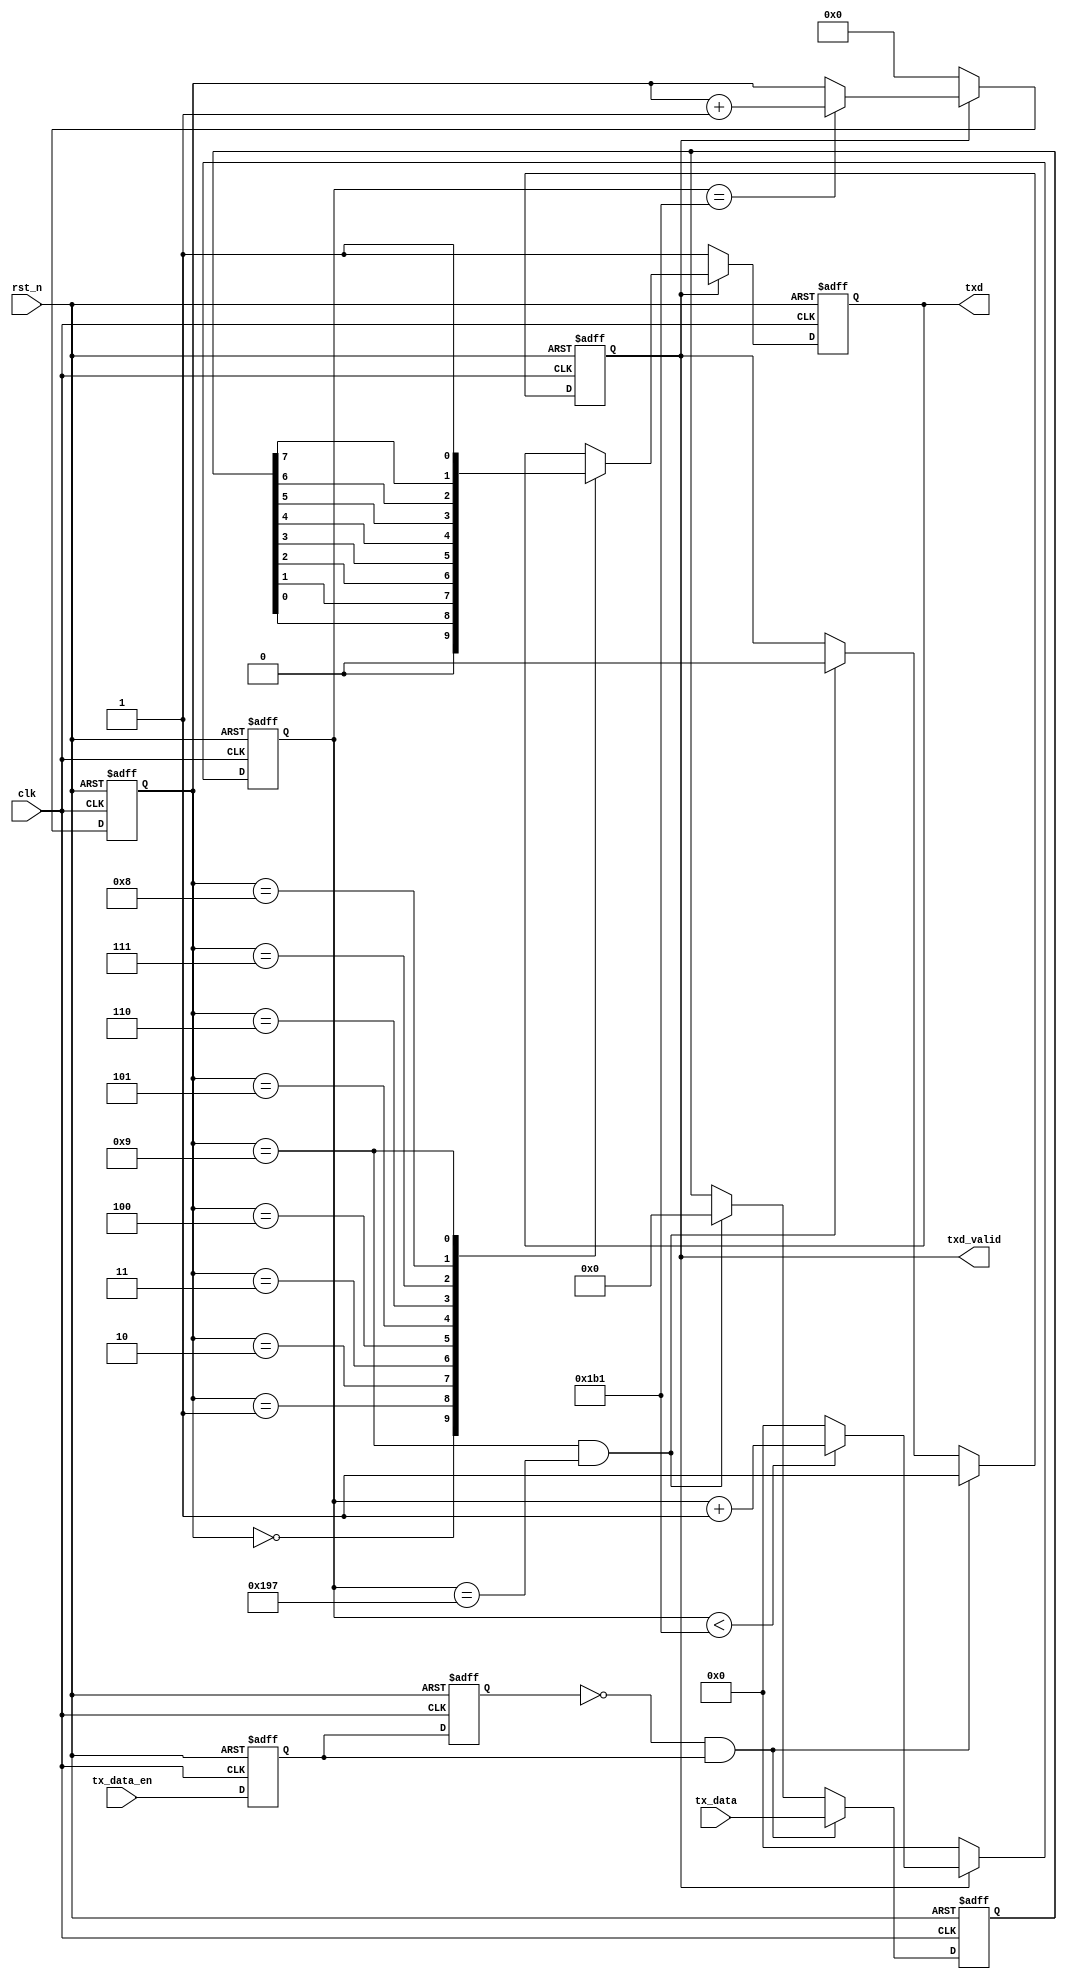
module UART_TX #(
    parameter  CLK_FREQ     = 50000000, // clock 50MHz
    parameter  BAUD_RATE    = 115200    // Baud rate 115200
)
(
    input           clk,            // 50MHz
    input           rst_n,          // reset low
    input           tx_data_en,     // UART enable send data
    input   [7:0]   tx_data,        // UART send data
    output  reg     txd_valid,      // UART valid flag of the send port
    output  reg     txd             // UART send data port
);

localparam BPS_CNT = CLK_FREQ / BAUD_RATE;  // baud rate counting 

reg tx_data_en_d0;      // The first register of a two-beat asynchronous synchronization
reg tx_data_en_d1;      // The second register of a two-beat asynchronous synchronization
reg [15:0] clk_cnt;     // clock counter 
reg [7:0] data_reg;     // data register
reg [3:0] bit_cnt;      // bit counter

wire tx_data_en_flag;   // 

// 
always @(posedge clk or negedge rst_n) begin
    if (~rst_n) begin
        tx_data_en_d0 <= 1'b0;
        tx_data_en_d1 <= 1'b0;
    end else begin
        tx_data_en_d0 <= tx_data_en;
        tx_data_en_d1 <= tx_data_en_d0;
    end
end

assign tx_data_en_flag = (~tx_data_en_d1) & tx_data_en_d0; // 

// tx_data_en_flag data_reg
always @(posedge clk or negedge rst_n) begin
    if (~rst_n) begin
        data_reg <= 8'b0;
        txd_valid <= 1'b0;
    end else begin
        if (tx_data_en_flag) begin
            data_reg <= tx_data;
            txd_valid <= 1'b1;
        end else if((bit_cnt == 4'd9) && (clk_cnt == BPS_CNT - (BPS_CNT/16))) begin
            data_reg <= 8'b0;
            txd_valid <= 1'b0;
        end else begin
            data_reg <= data_reg;
            txd_valid <= txd_valid;
        end
    end
end

// 
always @(posedge clk or negedge rst_n) begin
    if (~rst_n) begin
        bit_cnt <= 4'd0;
    end else if (txd_valid) begin
        if (clk_cnt == BPS_CNT - 1'b1) begin
            bit_cnt <= bit_cnt + 1'b1;
        end else begin
            bit_cnt <= bit_cnt;
        end
    end else begin
        bit_cnt <= 4'd0;
    end
end

always @(posedge clk or negedge rst_n) begin
    if (~rst_n) begin
        clk_cnt <= 16'd0;
    end else if (txd_valid) begin
        if (clk_cnt < BPS_CNT - 1'b1) begin
            clk_cnt <= clk_cnt + 1'b1;
        end else begin
            clk_cnt <= 16'd0;
        end
    end else begin
        clk_cnt <= 16'd0;
    end
end

// 
always @(posedge clk or negedge rst_n) begin
    if(~rst_n)begin
        txd<=1'd1;
    end else if(txd_valid) begin
        case(bit_cnt)
            4'd0:txd <= 1'd0;//
            4'd1:txd <= data_reg[0];
            4'd2:txd <= data_reg[1];
            4'd3:txd <= data_reg[2];
            4'd4:txd <= data_reg[3];
            4'd5:txd <= data_reg[4];
            4'd6:txd <= data_reg[5];
            4'd7:txd <= data_reg[6];
            4'd8:txd <= data_reg[7];
            4'd9:txd <= 1'b1;//
            default:txd <= txd;
        endcase
    end else begin
        txd <= 1'd1;
    end
end

endmodule